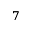
7